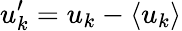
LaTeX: u_{k}^{\prime}=u_{k}-\langle u_{k}\rangle